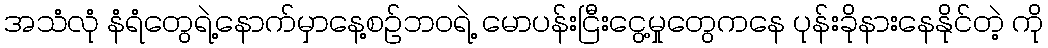
အသံလုံ နံရံတွေရဲ့နောက်မှာနေ့စဉ်ဘဝရဲ့ မောပန်းငြီးငွေ့မှုတွေကနေ ပုန်းခိုနားနေနိုင်တဲ့ ကို